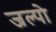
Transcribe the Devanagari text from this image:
जल्पो